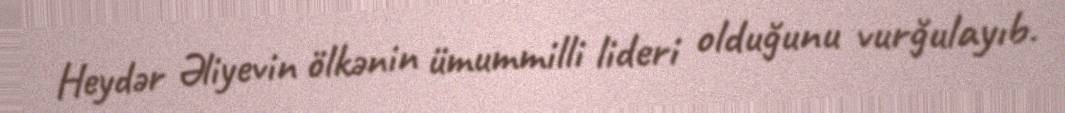
Heydər Əliyevin ölkənin ümummilli lideri olduğunu vurğulayıb.